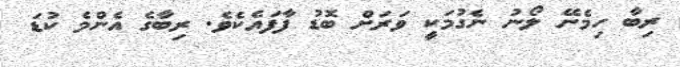
ރިބާ ހިމެނޭ ލޯނު ނެގުމަކީ ވަރަށް ބޮޑު ފާފައެކެވެ. ރިބާގެ އެންމެ ކުޑަ